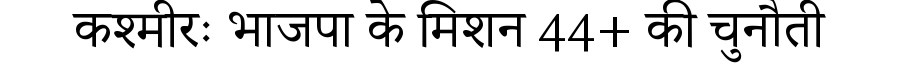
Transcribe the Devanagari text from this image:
कश्मीरः भाजपा के मिशन 44+ की चुनौती